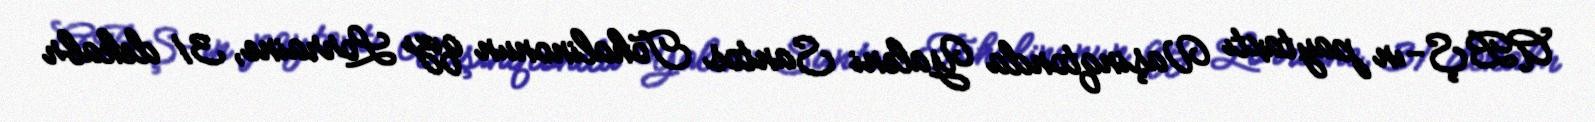
ABŞ-ın paytaxtı Vaşinqtonda Yaleni Santos Tohalinonun qızı Lorraine, 31 dekabr